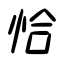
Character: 恰